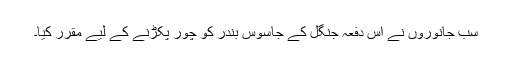
سب جانوروں نے اس دفعہ جنگل کے جاسوس بندر کو چور پکڑنے کے لیے مقرّر کیا۔